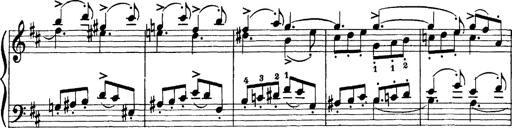
Title: Scherzo und Marsch
Composer: Franz Liszt